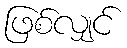
ဖြစ်လျှင်